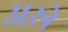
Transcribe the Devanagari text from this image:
अस्रे